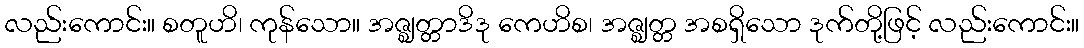
လည်းကောင်း။ စတူဟိ၊ ကုန်သော။ အဇ္ဈတ္တာဒိဒု ကေဟိစ၊ အဇ္ဈတ္တ အစရှိသော ဒုက်တို့ဖြင့် လည်းကောင်း။